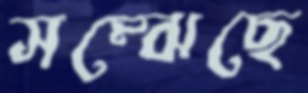
সম্‌ঝেছে